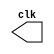
 // ------------------------- 
// Exemplo0044
// Nome: Gustavo Jota Resende
// -------------------------

// --------------------------- 
// -- test clock generator (1) 
// --------------------------- 
module clock ( clk ); 
output clk; 
reg clk; 
initial 
begin 
clk = 1'b0; 
end 
always 
begin 
#6 clk = ~clk; 
end 
endmodule // clock ( ) 

// --------------------------- 
// -- module pulse 
// --------------------------- 		
	module pulse ( signal, clock ); 
		input clock; 
		output signal; 
		reg signal; 
		always @ ( clock ) 
		begin 
		signal = 1'b1; 
		#3 signal = 1'b0; 
		#3 signal = 1'b1; 
		#3 signal = 1'b0; 
		end 
	endmodule // pulse
	
// --------------------------- 
// -- module Exemplo0044
// --------------------------- 
	module Exemplo0044; 
		wire clock; 
		clock clk ( clock ); 
		reg p; 
		wire p1,t1; 
		pulse pulse1 ( p1, clock );
		initial begin 
		p = 1'b0; 
		end 
		initial begin 
		$dumpfile ( "Exemplo0044.vcd" ); 
		$dumpvars ( 1, clock, p1, p ); 
		#060 p = 1'b1; 
		#120 p = 1'b0; 
		#180 p = 1'b1; 
		#240 p = 1'b0; 
		#300 p = 1'b1; 
		#360 p = 1'b0; 
		#376 $finish; 
		end 
	endmodule // Exemplo0044	
	
//--Teste
// --VCD info: dumpfile Exemplo044.vcd opened for output.